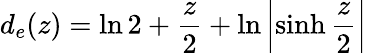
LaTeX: d_{e}(z)=\ln 2+{\frac{z}{2}}+\ln\left|\sinh{\frac{z}{2}}\right|